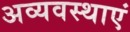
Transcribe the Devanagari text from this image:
अव्यवस्थाएं